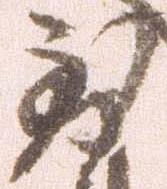
到